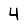
Digit: 4